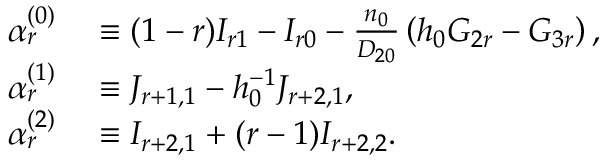
\begin{array} { r l } { \alpha _ { r } ^ { ( 0 ) } } & { { } \equiv ( 1 - r ) I _ { r 1 } - I _ { r 0 } - \frac { n _ { 0 } } { D _ { 2 0 } } \left( h _ { 0 } G _ { 2 r } - G _ { 3 r } \right) , } \\ { \alpha _ { r } ^ { ( 1 ) } } & { { } \equiv J _ { r + 1 , 1 } - h _ { 0 } ^ { - 1 } J _ { r + 2 , 1 } , } \\ { \alpha _ { r } ^ { ( 2 ) } } & { { } \equiv I _ { r + 2 , 1 } + ( r - 1 ) I _ { r + 2 , 2 } . } \end{array}